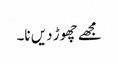
مجھے چھوڑ دیں نا۔